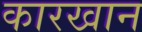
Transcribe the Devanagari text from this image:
कारखान